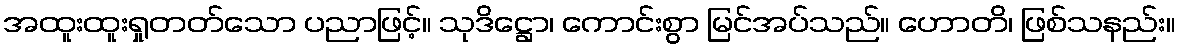
အထူးထူးရှုတတ်သော ပညာဖြင့်။ သုဒိဋ္ဌော၊ ကောင်းစွာ မြင်အပ်သည်။ ဟောတိ၊ ဖြစ်သနည်း။